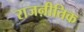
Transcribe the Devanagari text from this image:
राजऩीतिक